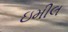
ઇમીલ